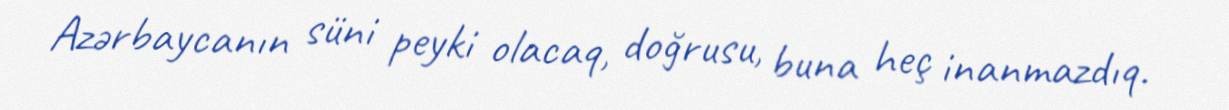
Azərbaycanın süni peyki olacaq, doğrusu, buna heç inanmazdıq.